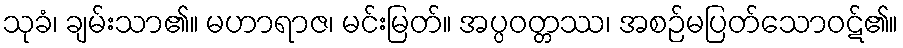
သုခံ၊ ချမ်းသာ၏။ မဟာရာဇ၊ မင်းမြတ်။ အပ္ပဝတ္တဿ၊ အစဉ်မပြတ်သောဝဋ်၏။